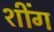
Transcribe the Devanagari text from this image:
शींग